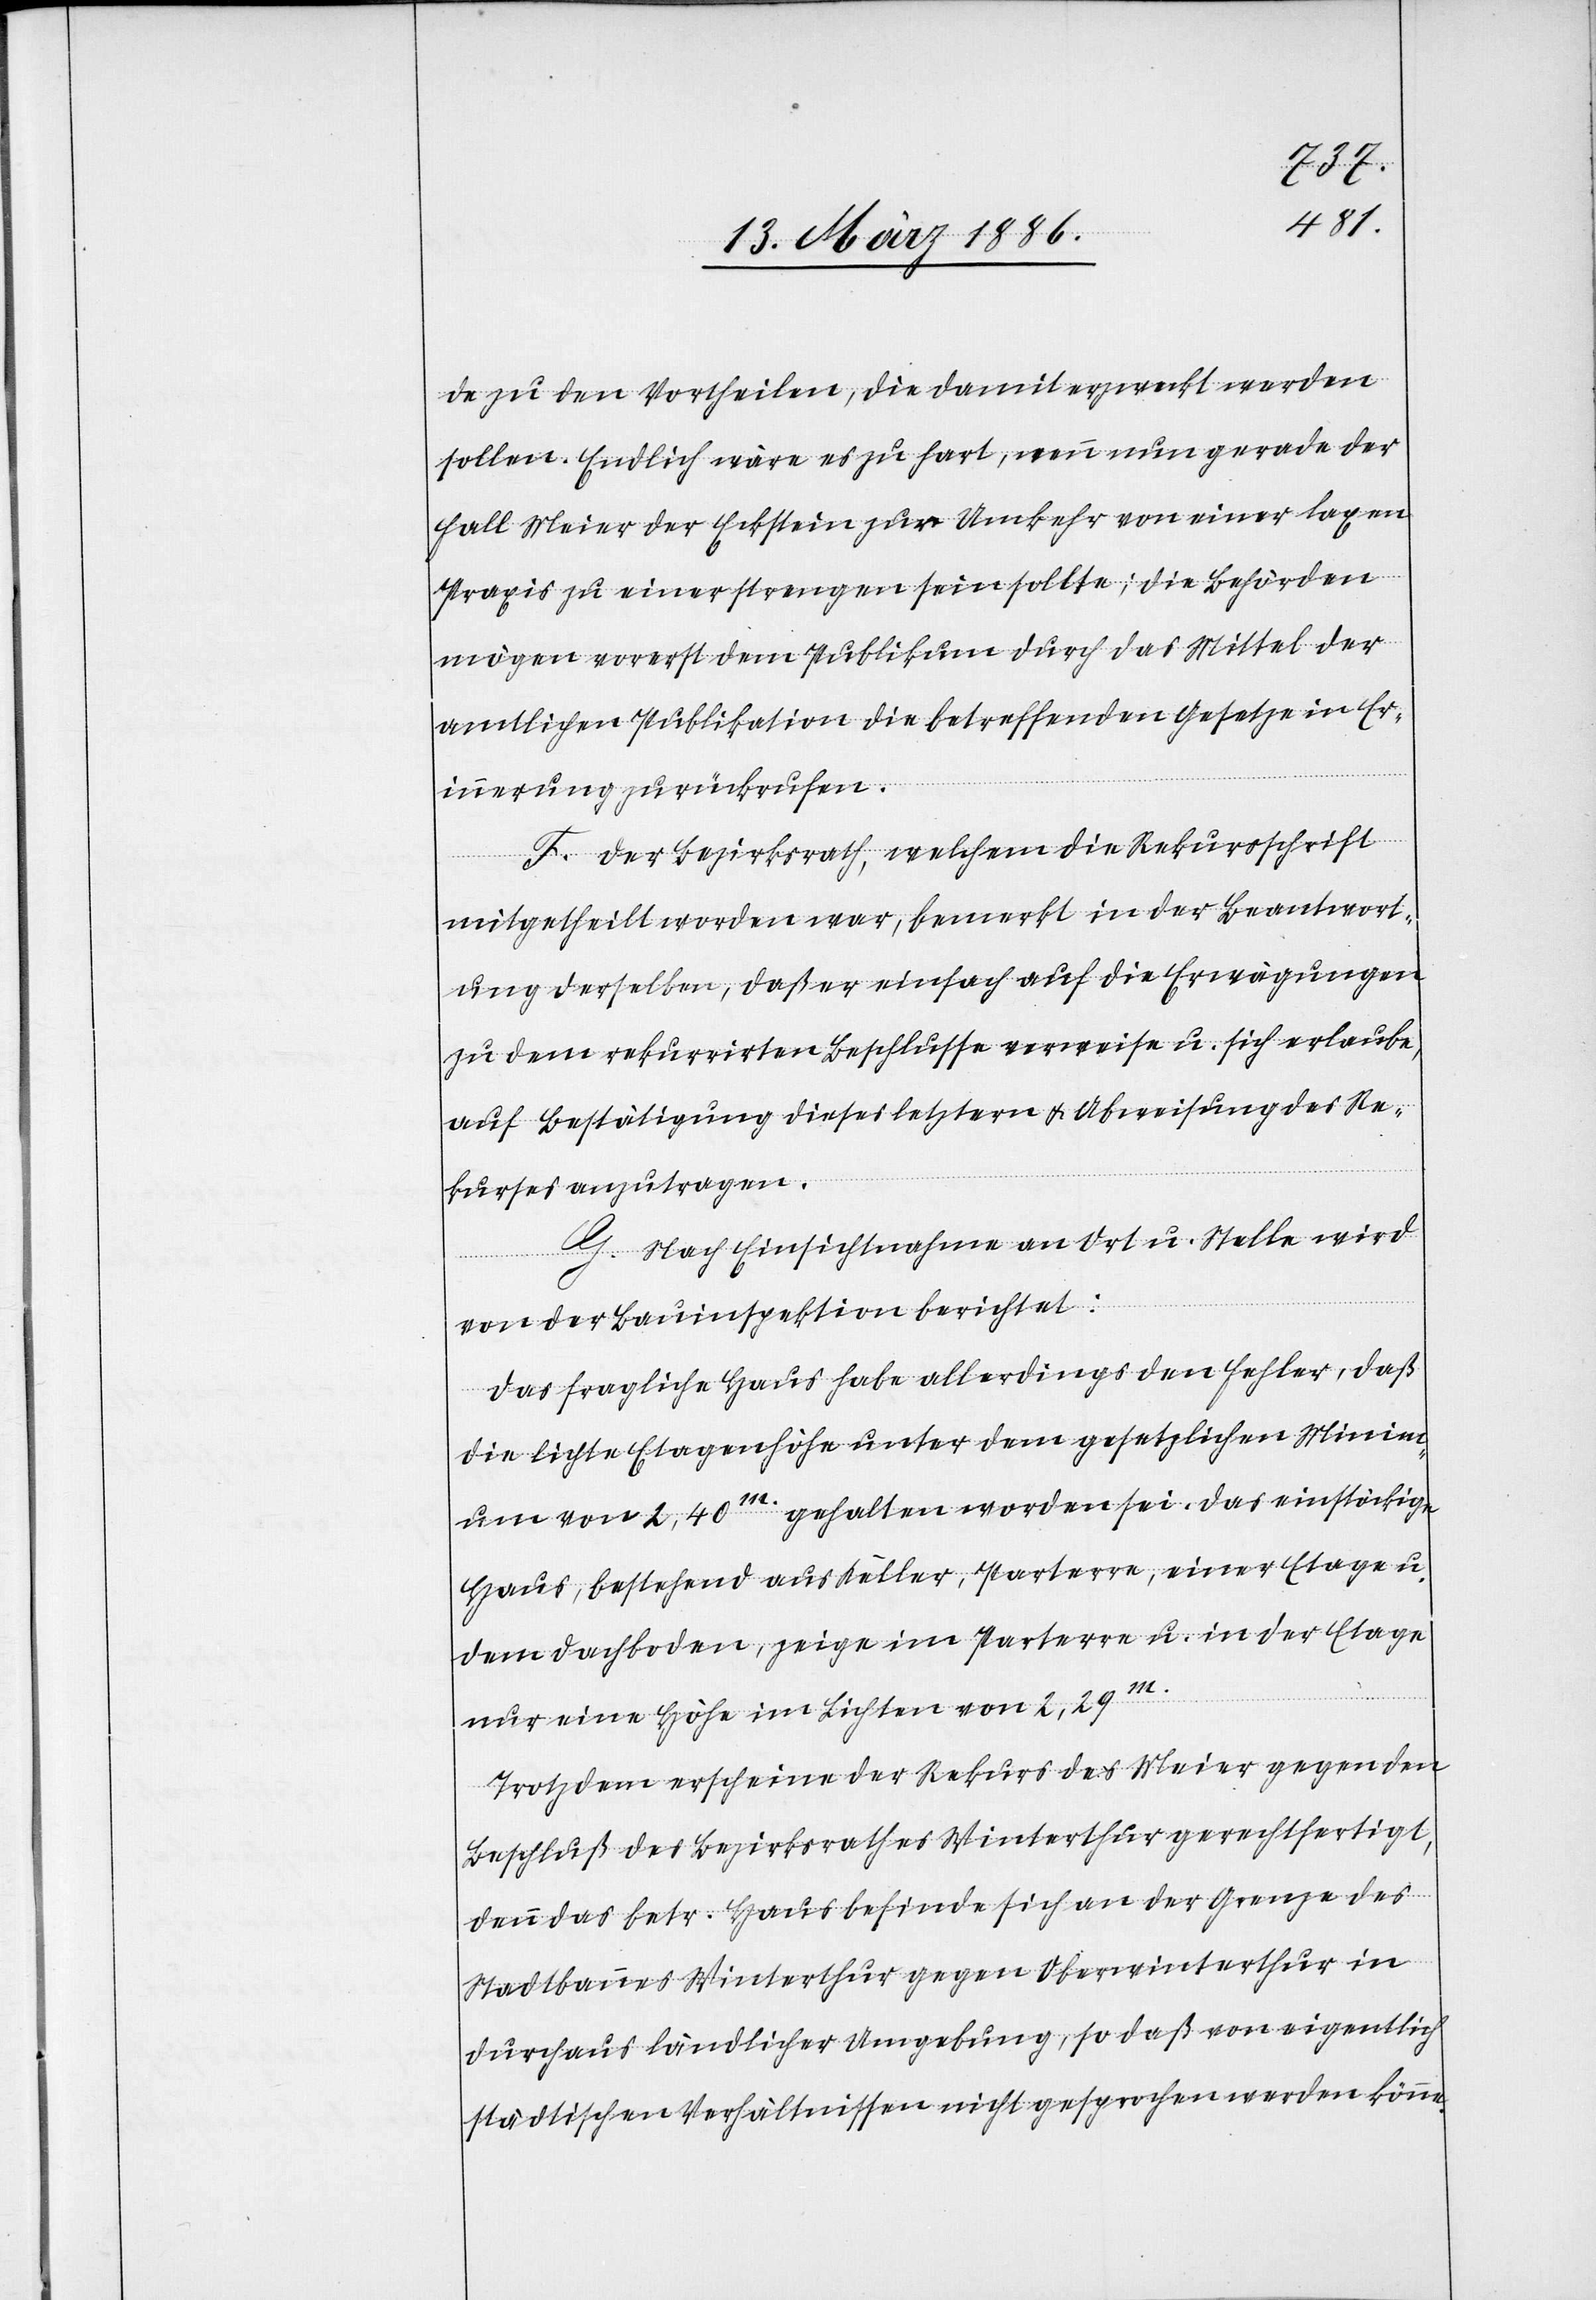
de zu den Vortheilen, die damit erweck werden
sollen. Endlich wäre es zu hart, wenn nun gerade der
Fall Meier der Eckstein zur Umkehr von einer laxen
Praxis zu einer strengen sein sollte; die Behörden
mögen vorerst dem Publikum durch das Mittel der
amtlichen Publikation die betreffenden Gesetze in Er¬
innerung zurückrufen.
F. Der Bezirksrath, welchem die Rekursschrift
mitgetheilt worden war, bemerkt in der Beantwort¬
ung derselben, daß er einfach auf die Erwägungen
zu dem rekurrirten Beschlusse verweise u. sich erlaube,
auf Bestätigung dieses letztern & Abweisung des Re¬
kurses anzutragen.
G. Nach Einsichtnahme an Ort u. Stelle wird
von der Bauinspektion berichtet:
Das fragliche Haus habe allerdings den Fehler, daß
die lichte Etagenhöhe unter dem gesetzlichen Minim¬
um von 2,40m. gehalten worden sei. Das einstöckige
Haus, bestehend aus Keller, Parterre, einer Etage u.
dem Dachboden, zeige im Parterre u. in der Etage
nur eine Höhe im Lichten von 2,29m.
Trotzdem erscheine der Rekurs des Meier gegen den
Beschluß des Bezirksrathes Winterthur gerechtfertigt,
denn das betr. Haus befinde sich an der Grenze des
Stadtbaues Winterthur gegen Oberwinterthur in
durchaus ländlicher Umgebung, so daß von eigentlich
städtischen Verhältnissen nicht gesprochen werden könne.